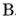
B.